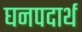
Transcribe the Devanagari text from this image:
घनपदार्थ